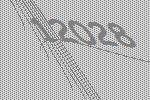
12028